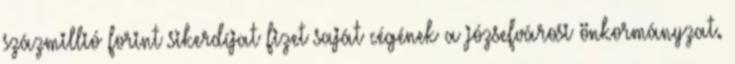
százmillió forint sikerdíjat fizet saját cégének a józsefvárosi önkormányzat.